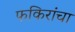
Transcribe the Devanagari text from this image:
फकिरांचा